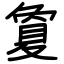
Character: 夐